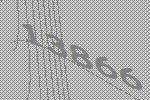
13866